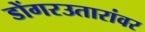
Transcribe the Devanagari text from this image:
डोंगरउतारांवर